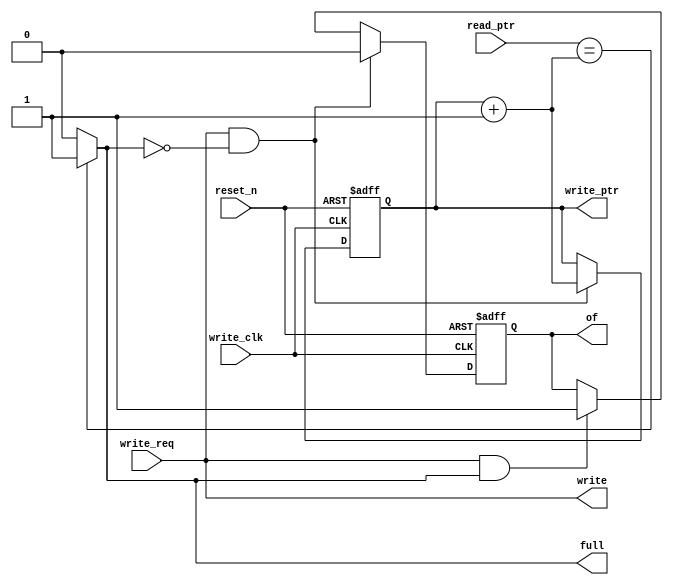
`timescale 1ns / 1ps

module write_control_unit(
                             input write_clk,
                             input reset_n,
                             input write_req,
                             input [3:0] read_ptr, 
                             output [3:0] write_ptr,   // control of write ptr 
                             output write,             // and write (to mem)+ full mem(out)
                             output full,
                             output of
                             );
    
reg of_reg;
assign of = of_reg;
reg [3:0] write_ptr_reg;    
wire [3:0] inc;
assign write_ptr = write_ptr_reg;
assign inc = write_ptr_reg + 1;   
assign full = (read_ptr == inc)? 1'b1:1'b0;   // full control
assign write = write_req;        

always@(posedge write_clk or negedge reset_n)
    if(!reset_n)
    begin
        of_reg <= 0;
        write_ptr_reg<=4'b0000;
    end
    else if (write && (!full))
    begin
        of_reg <= 0;
        write_ptr_reg<=write_ptr_reg+1;
    end
    else if (write && full)
    begin
        of_reg <= 1;
    end
    
endmodule